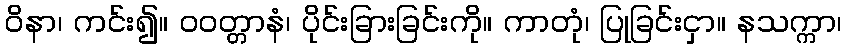
ဝိနာ၊ ကင်း၍။ ဝဝတ္တာနံ၊ ပိုင်းခြားခြင်းကို။ ကာတုံ၊ ပြုခြင်းငှာ။ နသက္ကာ၊